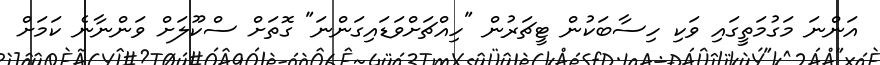
އަންނަ މަގުމަތީގައި ވަކި ހިސާބަކުން ޓީޗަރުން "ހިއްޗަށްވަޑައިގަންނަ" ގޮތަށް ސްކޫލަށް ވަންނާނެ ކަމަށް